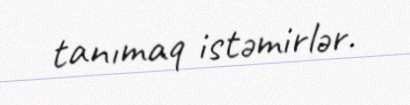
tanımaq istəmirlər.